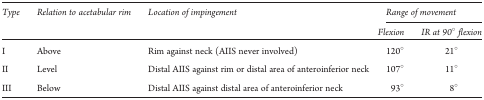
| Type | Relation to acetabular rim | Location of impingement | <COLSPAN=2> Range of movement |
 | <COLSPAN=4> Flexion | IR at 90° flexion |
 | --- | --- | --- | --- | --- |
 | I | Above | Rim against neck (AIIS never involved) | 120° | 21° |
 | II | Level | Distal AIIS against rim or distal area of anteroinferior neck | 107° | 11° |
 | III | Below | Distal AIIS against distal area of anteroinferior neck | 93° | 8° |